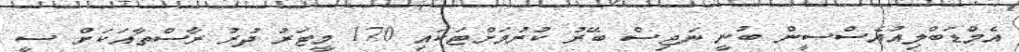
އެމްޑަބްލިއުއެސްސީން ބުނީ ނަޖިސް ބޭރު ކުރުމަށްޓަކައި 170 މީޓަރު ދުރު ރާސްތާއަކަށް ސީ